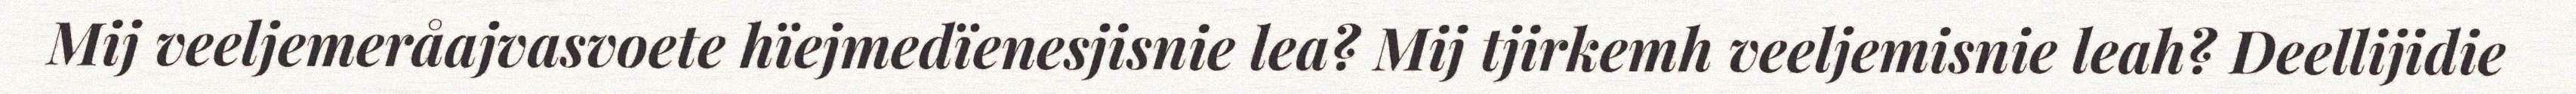
Mij veeljemeråajvasvoete hïejmedïenesjisnie lea? Mij tjirkemh veeljemisnie leah? Deellijidie